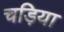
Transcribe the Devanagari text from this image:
चड़िया